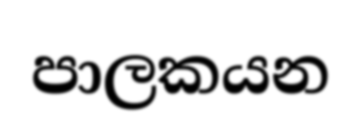
පාලකයන